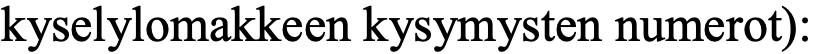
kyselylomakkeen kysymysten numerot):